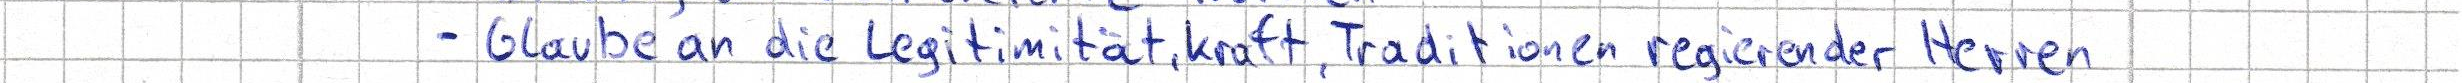
- Glaube an die Legitimität, Kraft, Traditionen regierender Herren